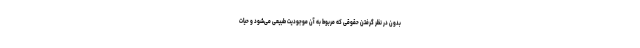
بدون در نظر گرفتن حقوقی که مربوط به آن موجودیت طبیعی می‌شود و حیات